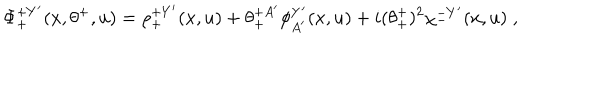
LaTeX: \Phi _ { + } ^ { + Y ^ { \prime } } ( x , \theta ^ { + } , u ) = \rho _ { + } ^ { + Y ^ { \prime } } ( x , u ) + \theta _ { + } ^ { + A ^ { \prime } } \phi _ { A ^ { \prime } } ^ { Y ^ { \prime } } ( x , u ) + i ( \theta _ { + } ^ { + } ) ^ { 2 } \chi _ { - } ^ { - Y ^ { \prime } } ( x , u ) \; ,